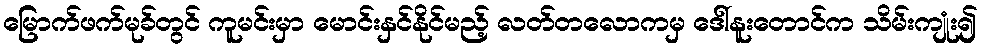
မြောက်ဖက်မုခ်တွင် ကူမင်းမှာ မောင်းနှင်နိုင်မည့် လတ်တလောကမှ ဒေါ်နူးတောင်က သိမ်းကျုံး၍